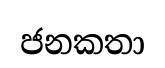
ජනකතා